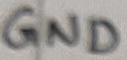
Text: GND